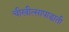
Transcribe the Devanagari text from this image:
चीखीत्सापाद्धाती